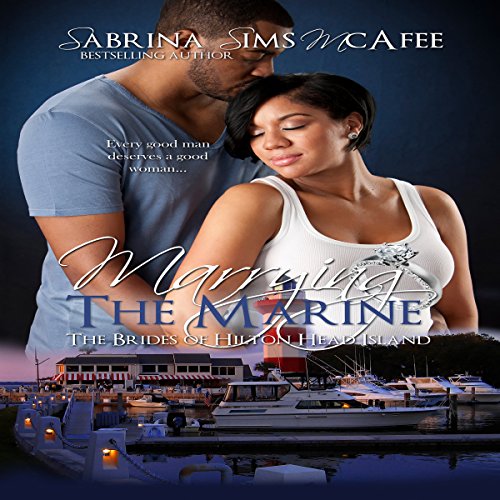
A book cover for Marrying the Marine: The Brides of Hilton Head Island; Sabrina Sims McAfee; Romance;